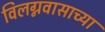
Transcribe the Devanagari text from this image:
विलग्नवासाच्या